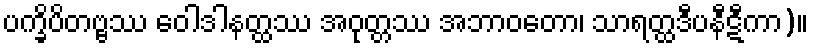
ပက္ခိပိတဗ္ဗဿ ဝေါဒါနတ္ထဿ အဝုတ္တဿ အဘာဝတော၊ သာရတ္ထဒီပနီဋီကာ)။